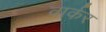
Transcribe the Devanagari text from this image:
वार्कर